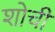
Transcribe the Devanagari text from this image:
शोची